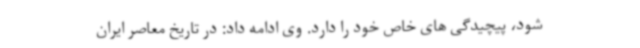
شود، پیچیدگی های خاص خود را دارد. وی ادامه داد: در تاریخ معاصر ایران